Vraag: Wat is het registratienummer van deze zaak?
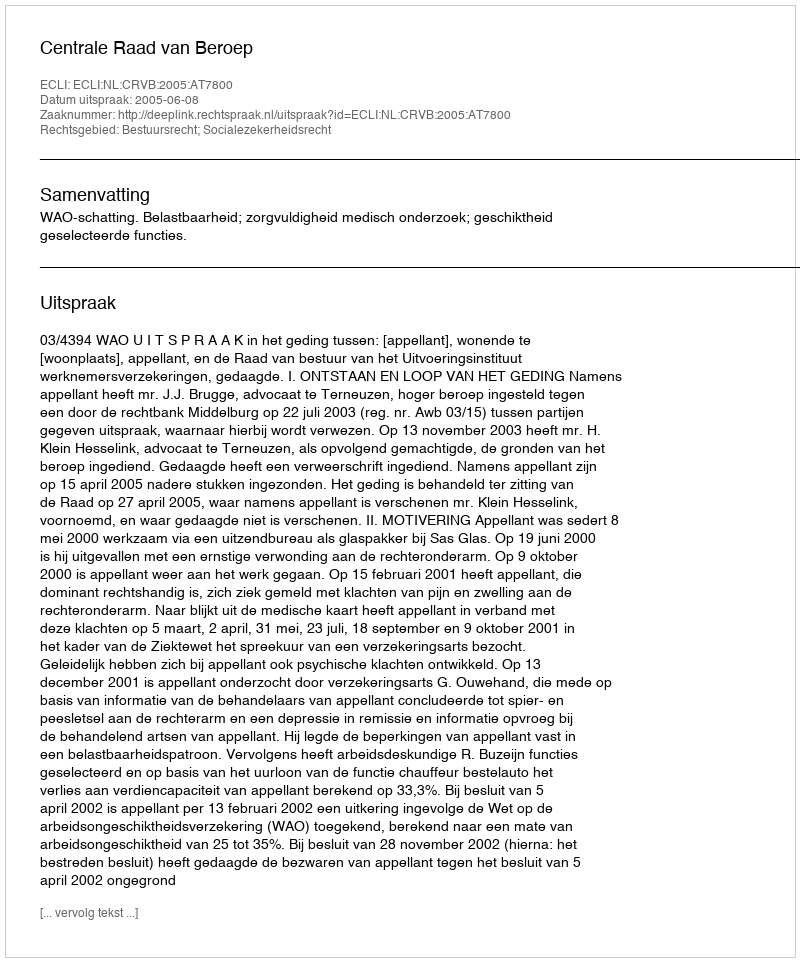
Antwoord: http://deeplink.rechtspraak.nl/uitspraak?id=ECLI:NL:CRVB:2005:AT7800